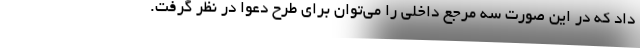
داد که در این صورت سه مرجع داخلی را می‌توان برای طرح دعوا در نظر گرفت.